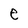
Character: e